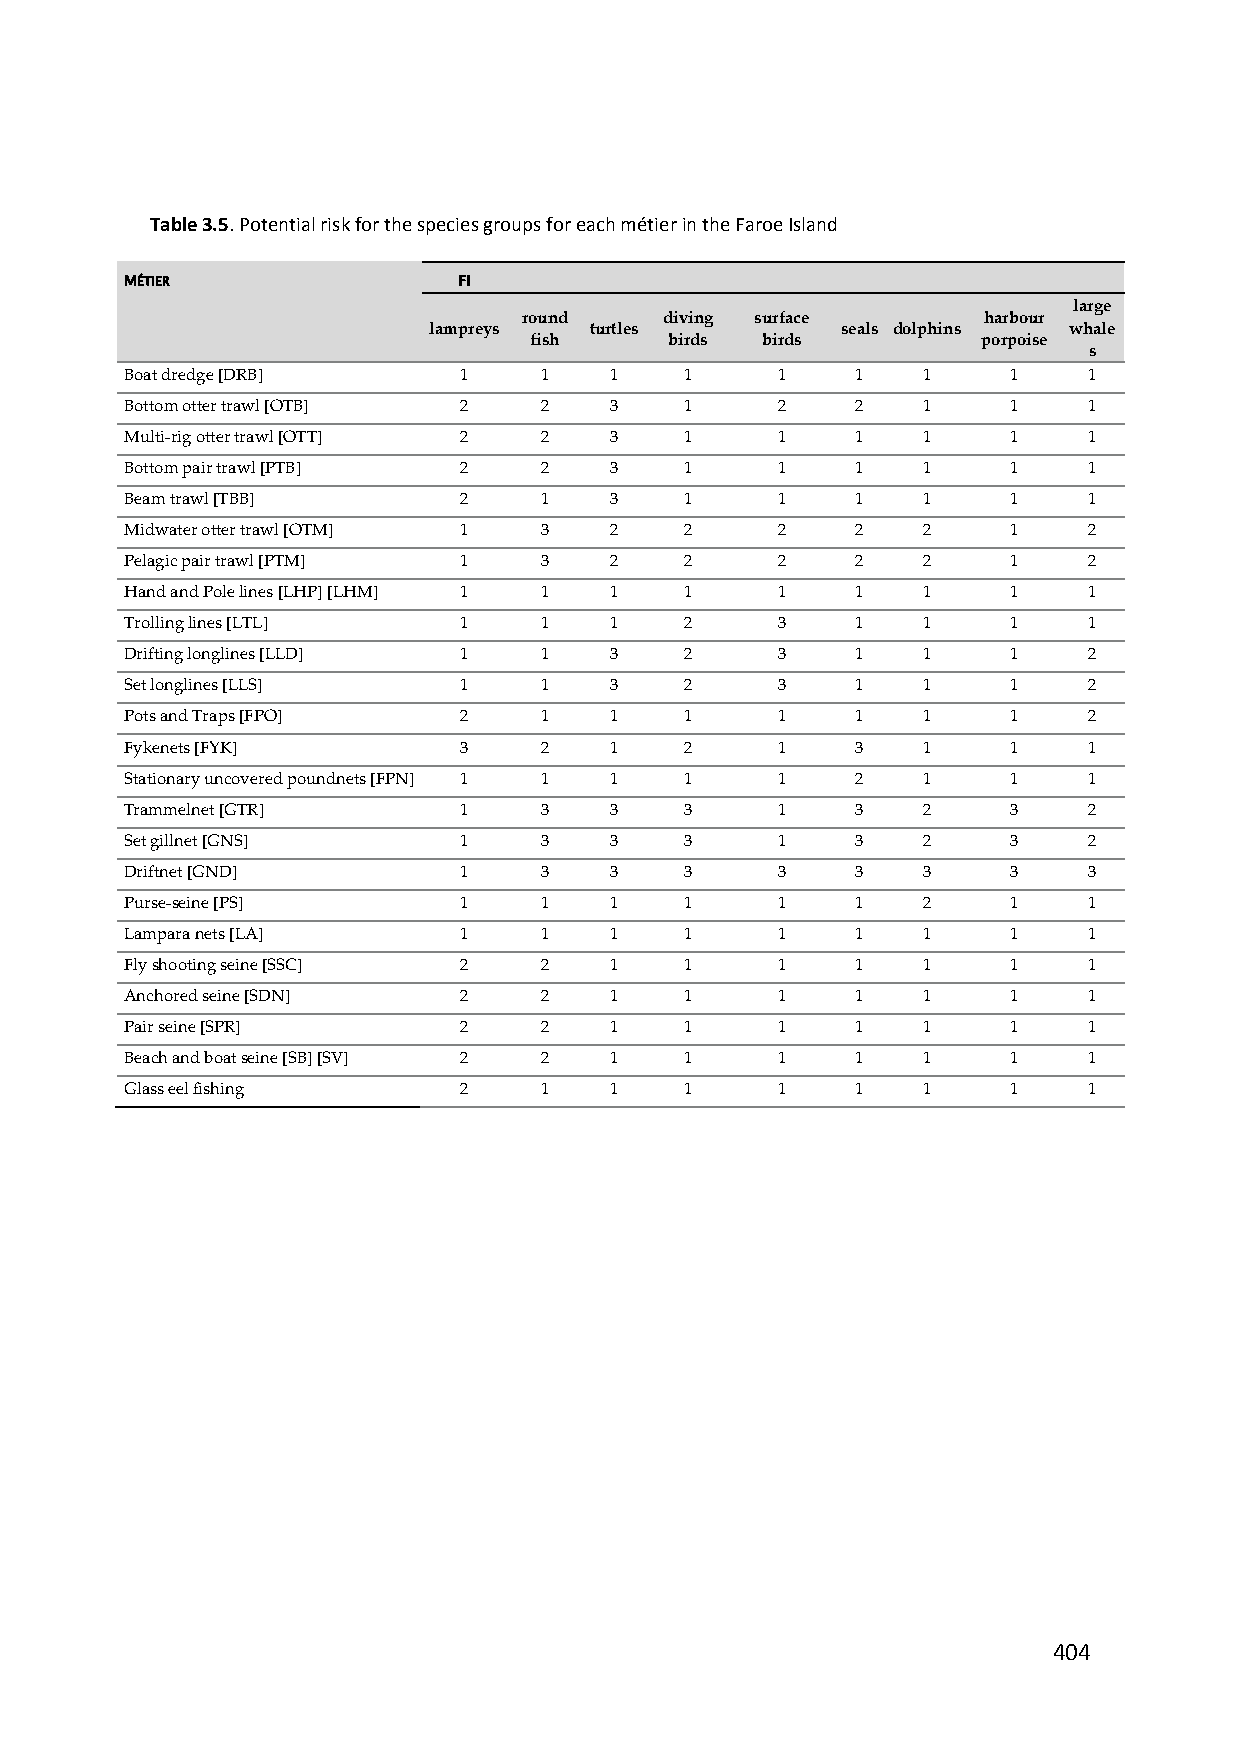
Table 3.5. Potential risk for the species groups for each métier in the Faroe Island
 MÉTIER                FI
 large
 round    diving surface       harbour
 lampreys   turtles          seals dolphins whale
 fish     birds birds          porpoise
 s
 Boat dredge [DRB]     1     1   1    1     1     1   1     1    1
 Bottom otter trawl [OTB] 2  2   3    1     2     2   1     1    1
 Multi‐rig otter trawl [OTT] 2 2 3    1     1     1   1     1    1
 Bottom pair trawl [PTB] 2   2   3    1     1     1   1     1    1
 Beam trawl [TBB]      2     1   3    1     1     1   1     1    1
 Midwater otter trawl [OTM] 1 3  2    2     2     2   2     1    2
 Pelagic pair trawl [PTM] 1  3   2    2     2     2   2     1    2
 Hand and Pole lines [LHP] [LHM] 1 1 1 1    1     1   1     1    1
 Trolling lines [LTL]  1     1   1    2     3     1   1     1    1
 Drifting longlines [LLD] 1  1   3    2     3     1   1     1    2
 Set longlines [LLS]   1     1   3    2     3     1   1     1    2
 Pots and Traps [FPO]  2     1   1    1     1     1   1     1    2
 Fykenets [FYK]        3     2   1    2     1     3   1     1    1
 Stationary uncovered poundnets [FPN] 1 1 1 1 1   2   1     1    1
 Trammelnet [GTR]      1     3   3    3     1     3   2     3    2
 Set gillnet [GNS]     1     3   3    3     1     3   2     3    2
 Driftnet [GND]        1     3   3    3     3     3   3     3    3
 Purse‐seine [PS]      1     1   1    1     1     1   2     1    1
 Lampara nets [LA]     1     1   1    1     1     1   1     1    1
 Fly shooting seine [SSC] 2  2   1    1     1     1   1     1    1
 Anchored seine [SDN]  2     2   1    1     1     1   1     1    1
 Pair seine [SPR]      2     2   1    1     1     1   1     1    1
 Beach and boat seine [SB] [SV] 2 2 1 1     1     1   1     1    1
 Glass eel fishing     2     1   1    1     1     1   1     1    1
 404